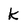
Character: k